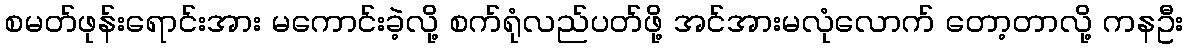
စမတ်ဖုန်းရောင်းအား မကောင်းခဲ့လို့ စက်ရုံလည်ပတ်ဖို့ အင်အားမလုံလောက် တော့တာလို့ ကနဦး